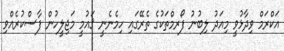
އަކްރަމް ވިދާޅުވީ މިއަދު ލިބުނު ފޯރމްތަކުގެ ތެރޭގައި ހިމެނެނީ ޤައުމީ މަޖިލީހުން ފާސްކުރެއްވި